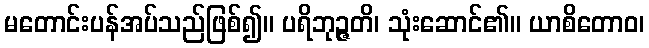
မတောင်းပန်အပ်သည်ဖြစ်၍။ ပရိဘုဉ္ဇတိ၊ သုံးဆောင်၏။ ယာစိတောဝ၊